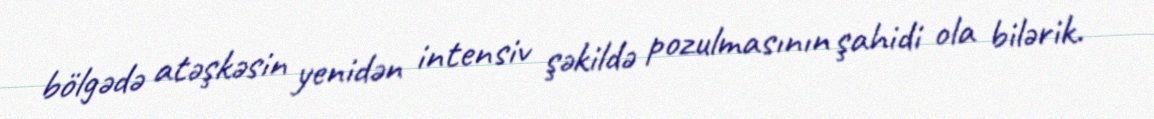
bölgədə atəşkəsin yenidən intensiv şəkildə pozulmasının şahidi ola bilərik.